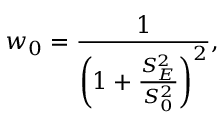
w _ { 0 } = \frac { 1 } { \left( 1 + \frac { S _ { E } ^ { 2 } } { S _ { 0 } ^ { 2 } } \right) ^ { 2 } } ,